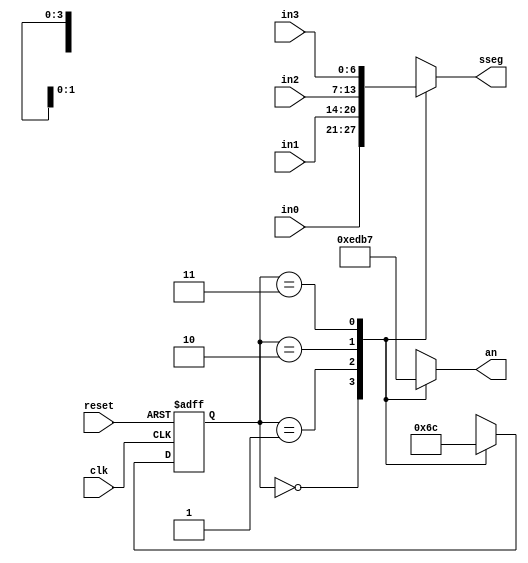
`timescale 1ns / 1ps
//////////////////////////////////////////////////////////////////////////////////
// Company: 
// Engineer: 
// 
// Design Name: 
// Module Name: time_mux_state_machine
// Project Name: 
// Target Devices: 
// Tool Versions: 
// Description: 
// 
// Dependencies: 
// 
// Revision:
// Revision 0.01 - File Created
// Additional Comments:
// 
//////////////////////////////////////////////////////////////////////////////////


module time_mux_state_machine(
    input clk,
    input reset,
    input [6:0] in0,
    input [6:0] in1,
    input [6:0] in2,
    input [6:0] in3,
    output reg [3:0] an,
    output reg [6:0] sseg
    );
    
    reg [1:0] state = 0;
    reg [1:0] next_state = 0;
    
    
    always @(*)begin
        case(state)
            2'b00: next_state = 2'b01;
            2'b01: next_state = 2'b10;
            2'b10: next_state = 2'b11;
            2'b11: next_state = 2'b00;
        endcase
    end
    always @(*) begin
    case (state)
    2'b00 : sseg = in0;
    2'b01 : sseg = in1;
    2'b10 : sseg = in2;
    2'b11 : sseg = in3;
    endcase
    case (state)
    2'b00 : an = 4'b1110;
    2'b01 : an = 4'b1101;
    2'b10 : an = 4'b1011;
    2'b11 : an = 4'b0111;
    endcase
    end
    
    always @(posedge clk or posedge reset) begin
    if (reset)
    state <= 2'b00;
    else
    state <= next_state;
    end
    
endmodule